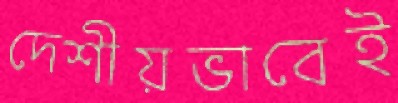
দেশীয়ভাবেই